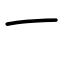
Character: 一